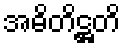
အဓိတိဋ္ဌတိ